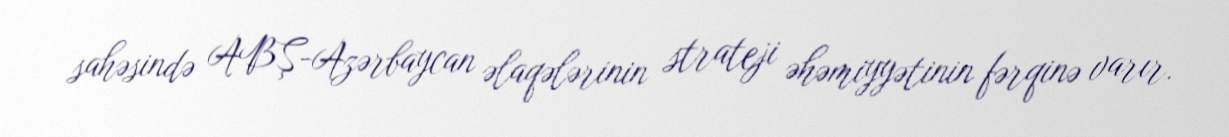
sahəsində ABŞ-Azərbaycan əlaqələrinin strateji əhəmiyyətinin fərqinə varır.